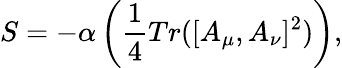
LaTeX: S=-\alpha\left(\frac{1}{4}Tr([A_{\mu},A_{\nu}]^{2})\right),